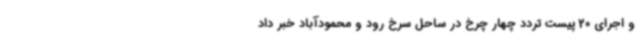
و اجرای 20 پیست تردد چهار چرخ در ساحل سرخ رود و محمودآباد خبر داد